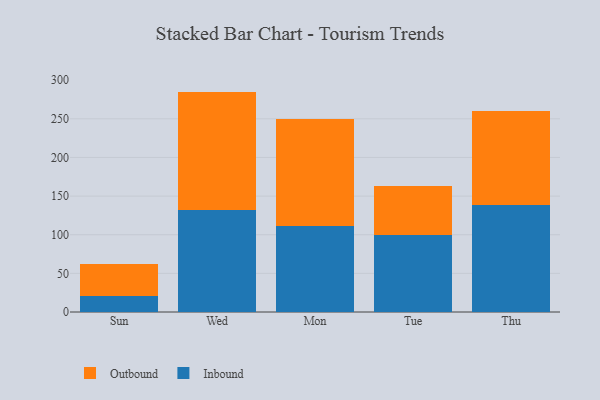
{"axis": {"x": "Day", "y": "Waste Production (Tons)"}, "legend": ["Inbound", "Outbound"], "data": [{"x": "Sun", "y": 20.7, "type": "Inbound"}, {"x": "Sun", "y": 41.9, "type": "Outbound"}, {"x": "Wed", "y": 131.4, "type": "Inbound"}, {"x": "Wed", "y": 153.8, "type": "Outbound"}, {"x": "Mon", "y": 110.8, "type": "Inbound"}, {"x": "Mon", "y": 138.8, "type": "Outbound"}, {"x": "Tue", "y": 99.4, "type": "Inbound"}, {"x": "Tue", "y": 63.7, "type": "Outbound"}, {"x": "Thu", "y": 139.0, "type": "Inbound"}, {"x": "Thu", "y": 120.8, "type": "Outbound"}]}